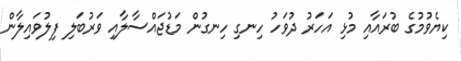
ކިޔެވުމުގެ ބުރައާއި މުޅި އަހަރު ދުވަހު ހިނގި ހިނގުން މަޑުޖައްސާލާއި ވަރުބަލި ފިލުވައިލާން